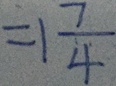
= 1 \frac { 7 } { 4 }